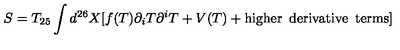
S = T _ { 2 5 } \int d ^ { 2 6 } X [ f ( T ) \partial _ { i } T \partial ^ { i } T + V ( T ) + \mathrm { h i g h e r \enspace d e r i v a t i v e \enspace t e r m s } ]